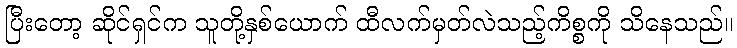
ပြီးတော့ ဆိုင်ရှင်က သူတို့နှစ်ယောက် ထီလက်မှတ်လဲသည့်ကိစ္စကို သိနေသည်။